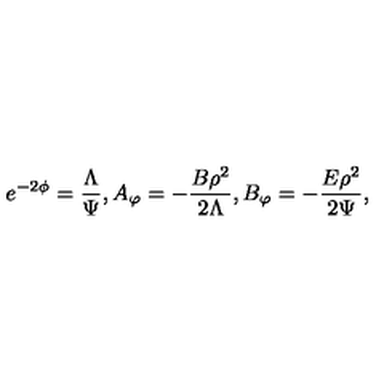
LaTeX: e ^ { - 2 \phi } = \frac { \Lambda } { \Psi } , A _ { \varphi } = - \frac { B \rho ^ { 2 } } { 2 \Lambda } , B _ { \varphi } = - \frac { E \rho ^ { 2 } } { 2 \Psi } ,